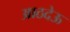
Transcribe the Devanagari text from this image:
आठदेऊ